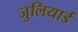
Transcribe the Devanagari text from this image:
जुलियार्ड